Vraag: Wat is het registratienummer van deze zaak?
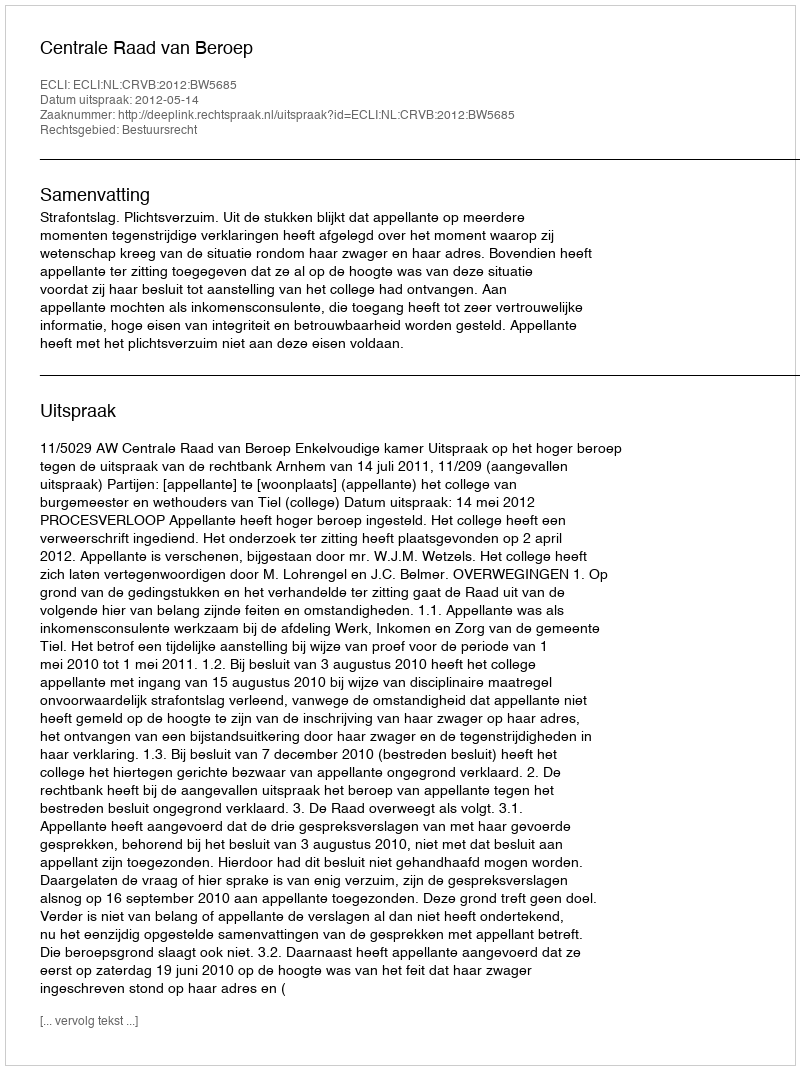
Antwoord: http://deeplink.rechtspraak.nl/uitspraak?id=ECLI:NL:CRVB:2012:BW5685